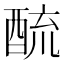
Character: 酼